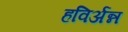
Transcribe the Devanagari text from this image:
हविर्अन्न